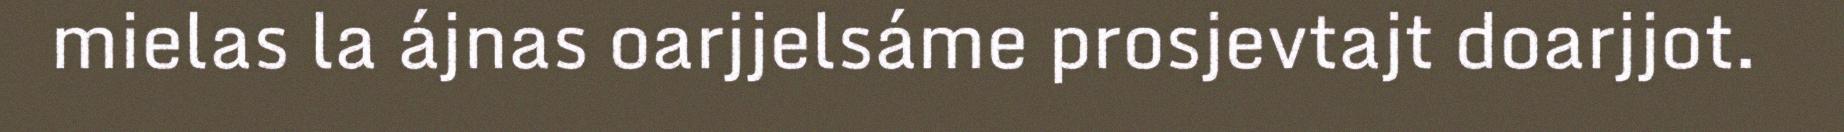
mielas la ájnas oarjjelsáme prosjevtajt doarjjot.